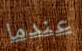
عندما